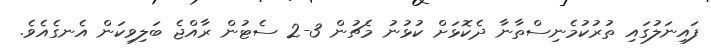
ފައިނަލުގައި ތުރުކުމެނިސްތާނާ ދެކޮޅަށް ކުޅުނު މެޗުން 3-2 ސެޓުން ރާއްޖެ ބަލިވިކަން އެނގެއެވެ.